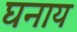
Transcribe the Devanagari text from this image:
घनाय